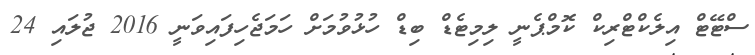
ސްޓޭޓް އިލެކްޓްރިކް ކޮމްޕެނީ ލިމިޓެޑް ބިޑް ހުޅުވުމަށް ހަމަޖެހިފައިވަނީ 2016 ޖުލައި 24